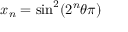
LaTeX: x _ { n } = \sin ^ { 2 } ( 2 ^ { n } \theta \pi )